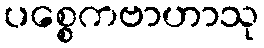
ပစ္စေကဗာဟာသု